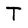
Character: T